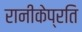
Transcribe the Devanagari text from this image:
रानीकेप्रति